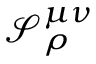
\mathcal { S } _ { \rho } ^ { \mu \nu }